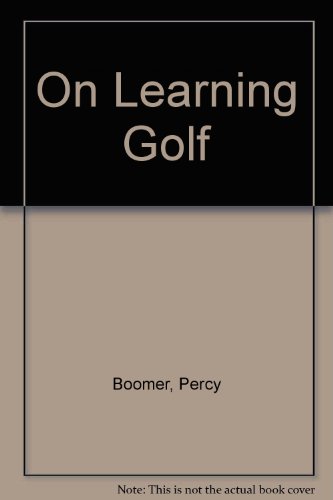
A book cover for On learning golf; Percy Boomer; Sports & Outdoors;